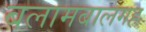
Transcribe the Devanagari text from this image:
बलामबालगह